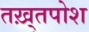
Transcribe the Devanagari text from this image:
तख़्तपोश